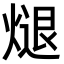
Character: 煺